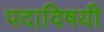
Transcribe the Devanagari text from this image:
पदाविषयी